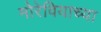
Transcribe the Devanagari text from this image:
मोरेवियाच्या